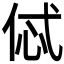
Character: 𠈸